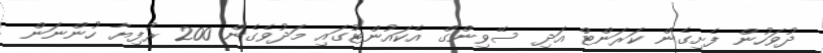
ދުވަހުން ފެށިގެން ކަރަންޓް އަދި ސޭވިންގް އެކައުންޓުގައި މަދުވެގެން 200 ރުފިޔާ ހުންނަން